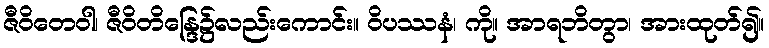
ဇီဝိတေဝါ၊ ဇီဝိတိန္ဒြေ၌လည်းကောင်း။ ဝိပဿနံ၊ ကို။ အာရဘိတွာ၊ အားထုတ်၍။